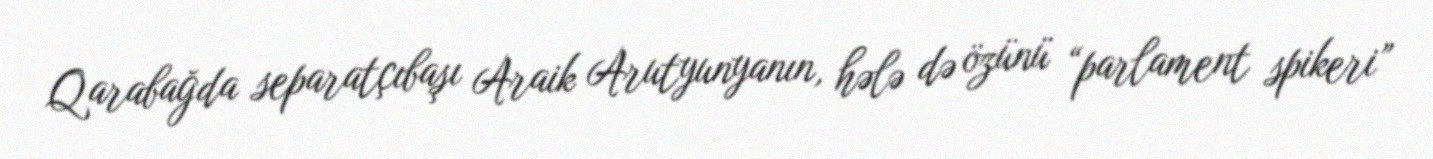
Qarabağda separatçıbaşı Araik Arutyunyanın, hələ də özünü “parlament spikeri”